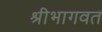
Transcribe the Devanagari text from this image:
श्रीभागवत